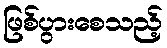
ဖြစ်ပွားစေသည့်